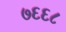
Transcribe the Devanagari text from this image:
७६६८